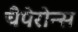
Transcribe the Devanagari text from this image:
चैपेरोन्स